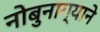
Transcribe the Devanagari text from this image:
नोबुनाग्याने